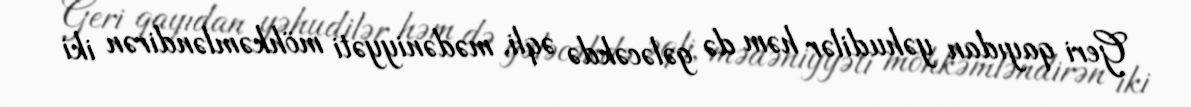
Geri qayıdan yəhudilər həm də gələcəkdə əqli, mədəniyyəti möhkəmləndirən iki